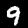
Digit: 9